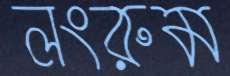
লংরুম